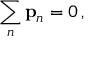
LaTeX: \sum _ { n } \mathbf { p } _ { n } = { \boldsymbol { 0 } } \, ,